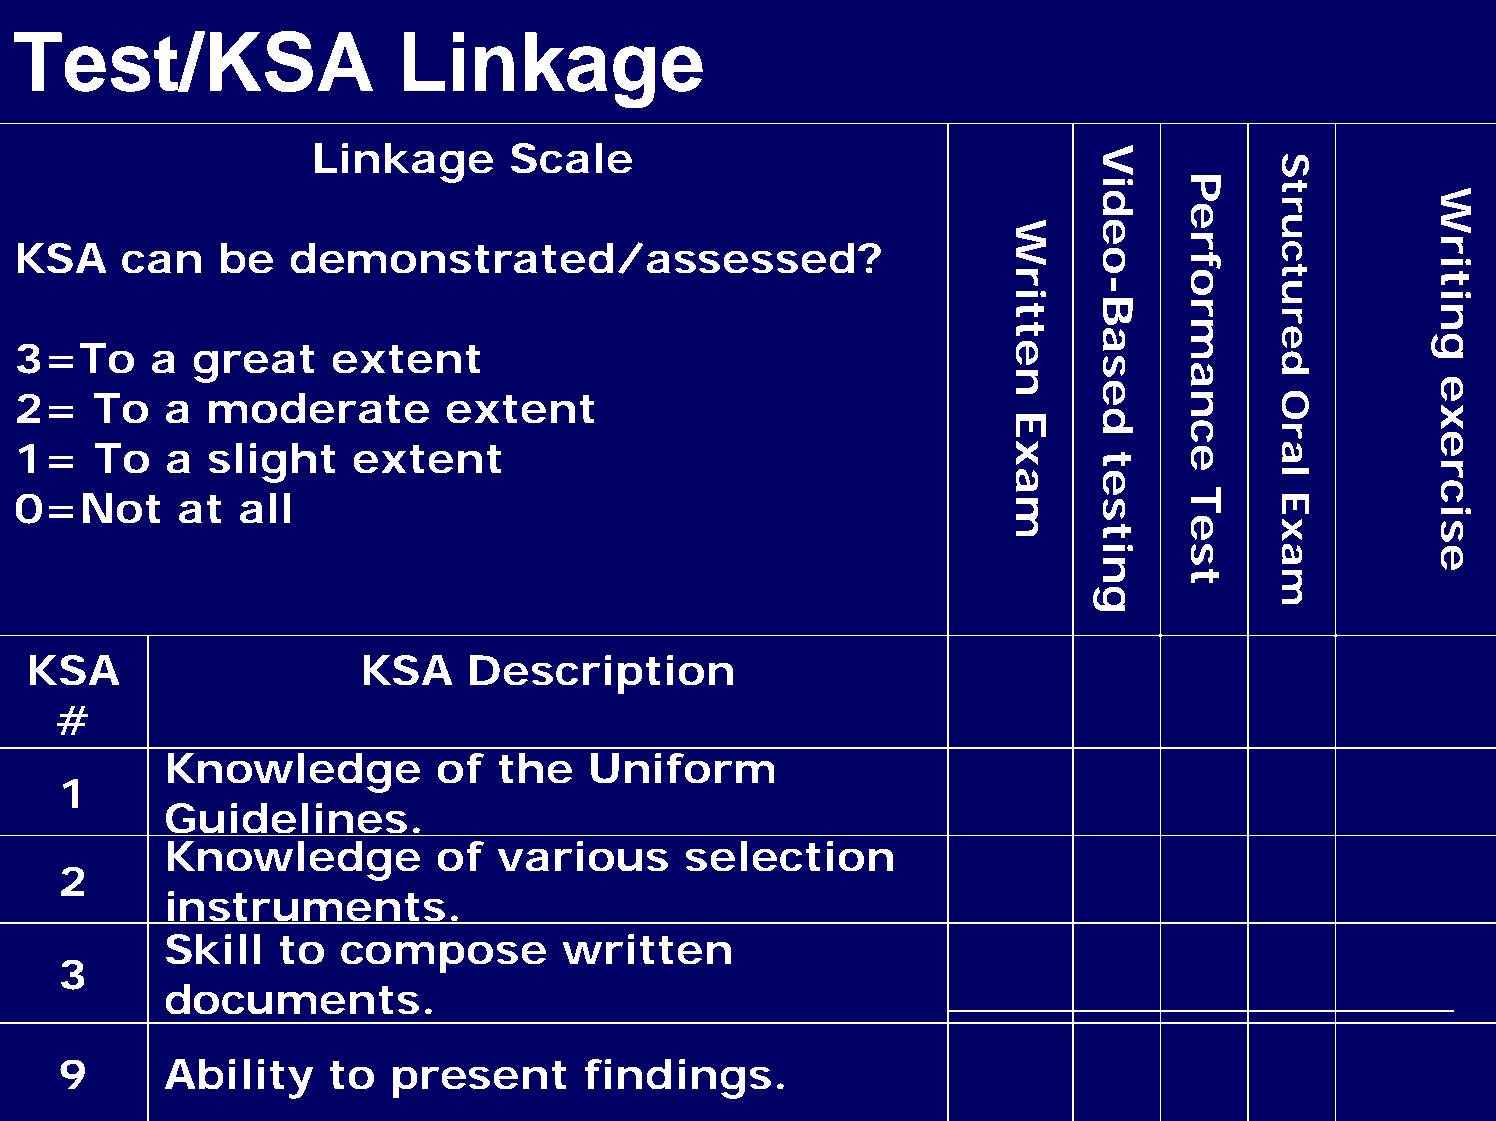
Test/KSA                 Linkage
 Linkage      Scale
 KSA    can    be  demonstrated/assessed?
 3=To     a  great    extent
 2=   To   a  moderate        extent
 1=   To   a  slight   extent
 0=Not      at  all
 KSA                   KSA    Description
 #
 Knowledge         of  the   Uniform
 1
 Guidelines.
 Knowledge         of  various     selection
 2
 instruments.
 Skill   to  compose       written
 3
 documents.
 9      Ability    to  present      findings.
 Written
 Exam
 Video-Based
 testing
 Performance
 Test
 Structured
 Oral
 Exam
 Writing
 exercise